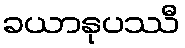
ခယာနုပဿီ